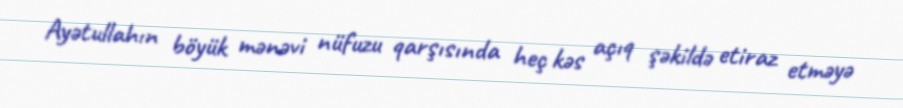
Ayətullahın böyük mənəvi nüfuzu qarşısında heç kəs açıq şəkildə etiraz etməyə